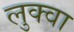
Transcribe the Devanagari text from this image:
लुक्वा